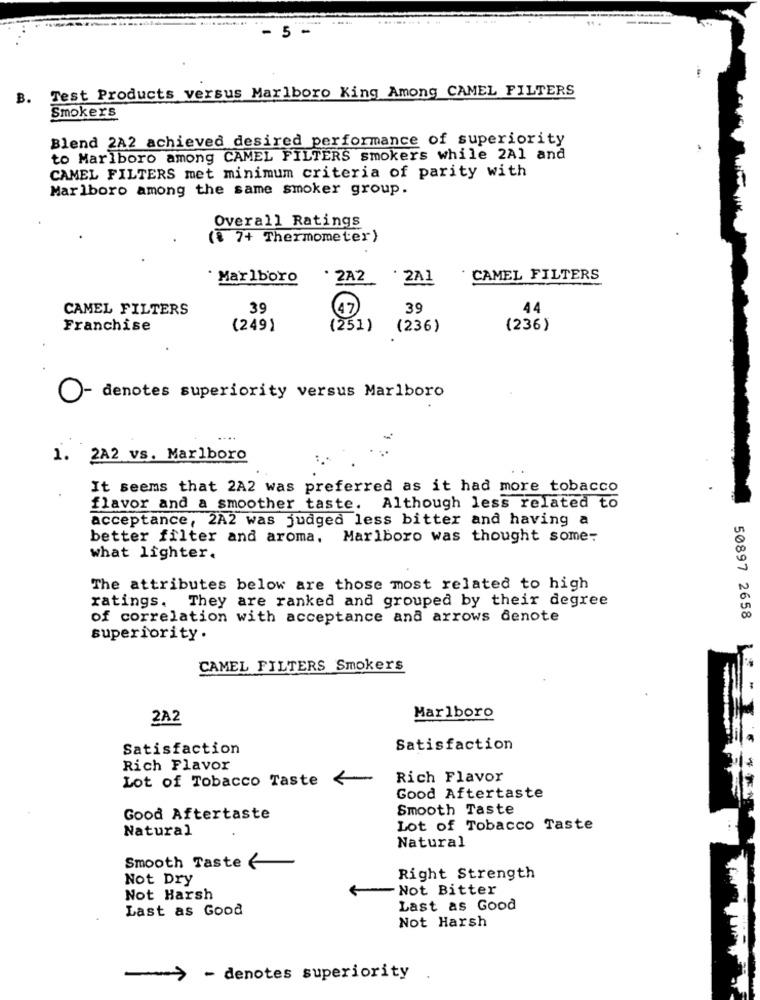
- 5 -
B. Test Products versus Marlboro King Among CAMEL FILTERS
Smokers
Blend 2A2 achieved desired performance of superiority
to Marlboro among CAMEL FILTERS smokers while 2Al and
CAMEL FILTERS met minimum criteria of parity with
Marlboro among the same smoker group.
Overall Ratings
(8 7+ Thermometer)
· Marlboro
2A2
2A1
CAMEL FILTERS
CAMEL FILTERS
39
47
39
44
Franchise
(249)
(251)
(236)
(236)
O
denotes superiority versus Marlboro
1.
2A2 vs. Marlboro
It seems that 2A2 was preferred as it had more tobacco
flavor and a smoother taste. Although less related to
acceptance, 2A2 was judged less bitter and having a
better filter and aroma, Marlboro was thought some-
what lighter.
The attributes below are those most related to high
ratings. They are ranked and grouped by their degree
of correlation with acceptance and arrows denote
50897 2658
superiority.
CAMEL FILTERS Smokers
2A2
Marlboro
Satisfaction
Satisfaction
Rich Flavor
Lot of Tobacco Taste <
Rich Flavor
Good Aftertaste
Smooth Taste
Good Aftertaste
Natural
Lot of Tobacco Taste
Natural
Smooth Taste <
Not Dry
Right Strength
Not Bitter
Not Harsh
Last as Good
Last as Good
Not Harsh
- denotes superiority